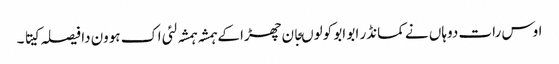
اوس رات دوہاں نے کمانڈر ابو ابو کولوںجان چھڑا کے ہمشہ ہمشہ لئی اک ہوون دا فیصلہ کیتا ۔